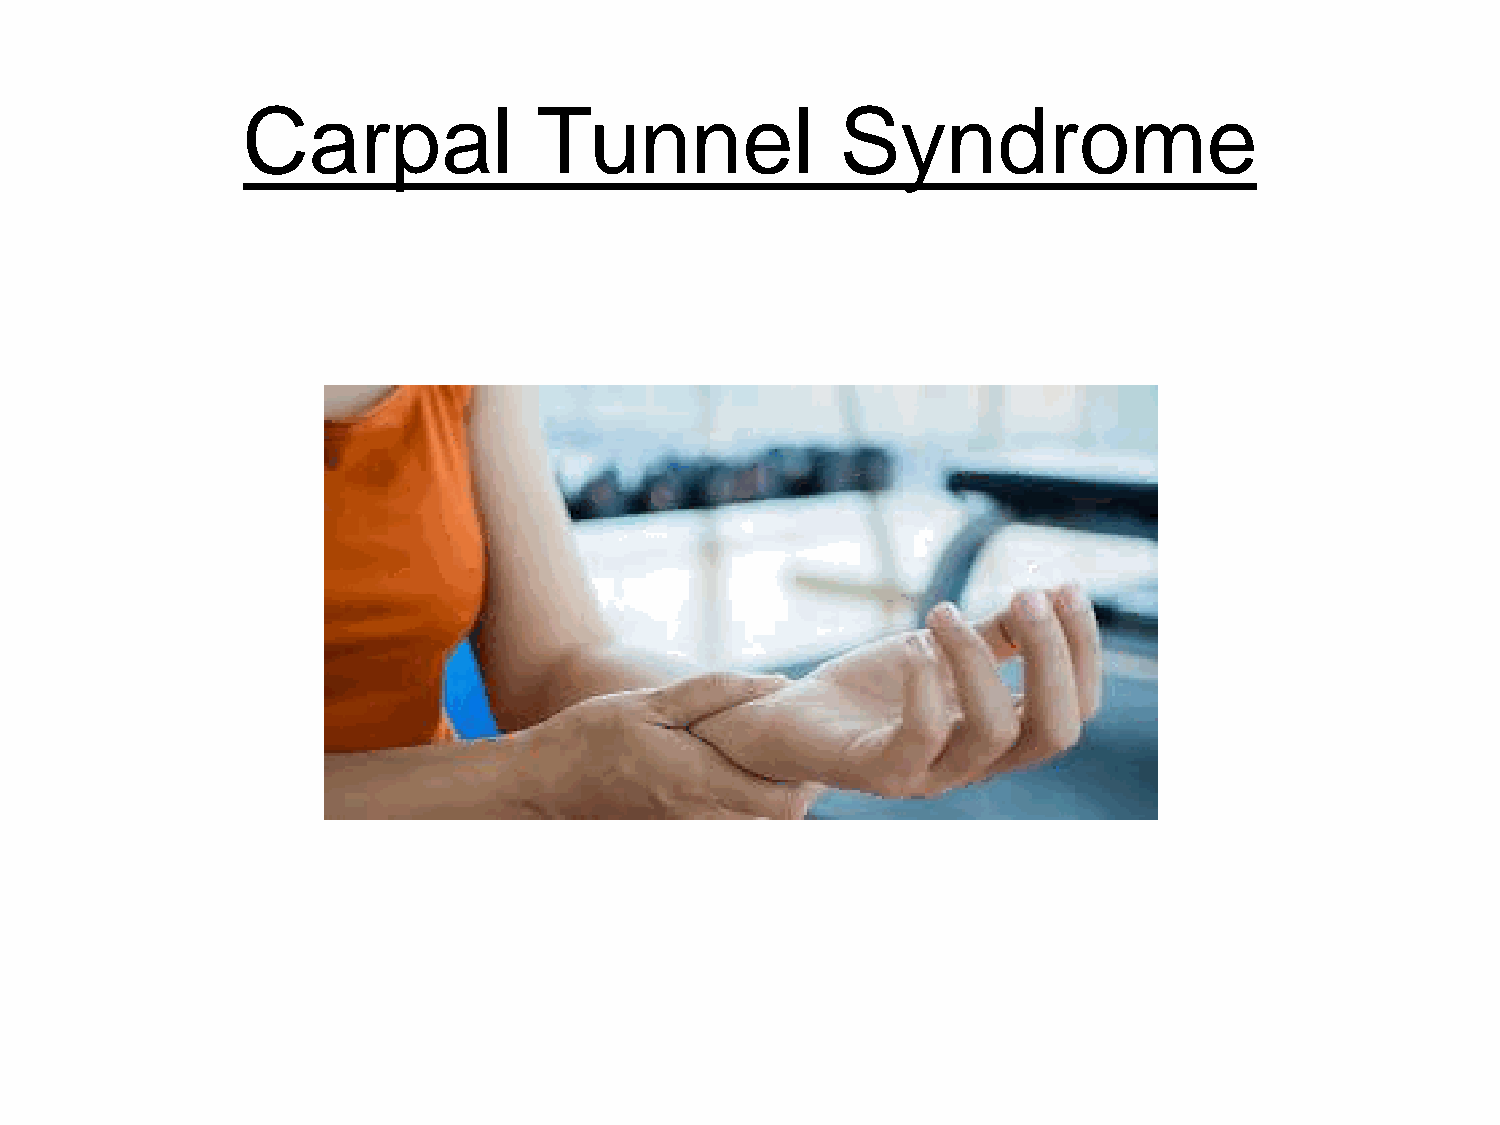
Carpal              Tunnel              Syndrome